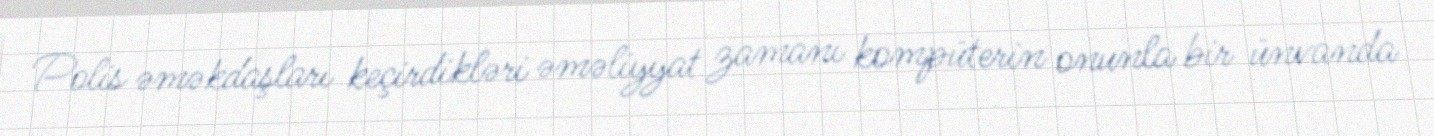
Polis əməkdaşları keçirdikləri əməliyyat zamanı kompüterin onunla bir ünvanda